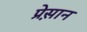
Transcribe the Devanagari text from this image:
प्रेस़ान